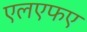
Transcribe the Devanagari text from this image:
एलएफए